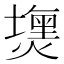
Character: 𤐈